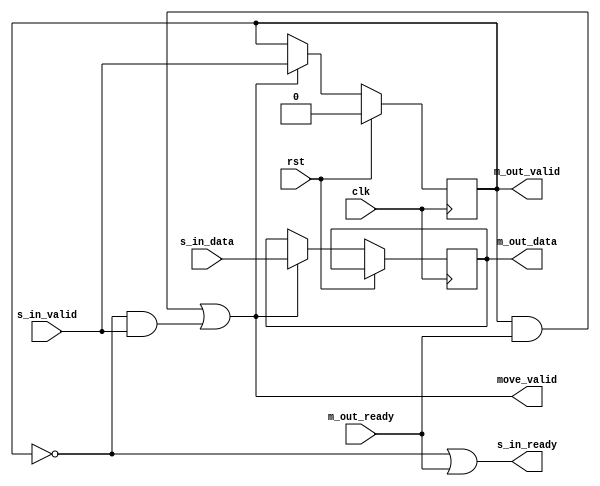
// SPDX-License-Identifier: CERN-OHL-P
//
// Copyright 2022-2024 Wavelet Lab
//
//
module axis_pipeline_mover #(
  parameter WIDTH = 1,
  parameter DEEP  = 1,
  parameter DATA_INIT = 0,
  parameter DATA_DEF = 0
)(
  input clk,
  input rst,

  input              s_in_valid,
  output             s_in_ready,
  input  [WIDTH-1:0] s_in_data,

  output             m_out_valid,
  input              m_out_ready,
  output [WIDTH-1:0] m_out_data,

  output             move_valid
);

genvar i;
generate
if (DEEP == 0) begin
    assign m_out_data  = s_in_data;
    assign m_out_valid = s_in_valid;
    assign s_in_ready  = m_out_ready;
    assign move_valid  = m_out_valid && m_out_ready;
end else begin
    reg [DEEP-1:0]         pipeline_valid;
    reg [DEEP*WIDTH-1:0]   pipeline_data;

    assign s_in_ready = ~m_out_valid || m_out_ready;
    assign m_out_valid = pipeline_valid[DEEP-1];
    assign m_out_data  = pipeline_data[DEEP * WIDTH - 1:(DEEP - 1)*WIDTH];

    if (DEEP > 1) begin
        assign move_valid = (m_out_valid && m_out_ready) || (~m_out_valid && (s_in_valid || (pipeline_valid[DEEP-2:0] != 0)));
    end else begin
        assign move_valid = (m_out_valid && m_out_ready) || (~m_out_valid && s_in_valid);
    end

    for (i = 0; i < DEEP; i=i+1) begin: dpipeline
        always @(posedge clk) begin
            if (rst) begin
                pipeline_valid[i]                               <= 0;
                if (DATA_INIT) begin
                    pipeline_data[(i + 1) * WIDTH - 1:i * WIDTH]  <= DATA_DEF;
                end
            end else begin
                if (move_valid) begin
                    pipeline_valid[i]                             <= (i == 0) ? s_in_valid : pipeline_valid[i-1];
                    pipeline_data[(i + 1) * WIDTH - 1:i * WIDTH]  <= (i == 0) ? s_in_data  : pipeline_data[i * WIDTH - 1:(i - 1) * WIDTH];
                end
            end
        end
    end
end

endgenerate

endmodule